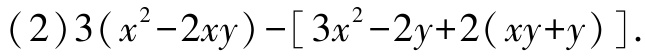
(2)\(3(x^{2}-2xy)-[3x^{2}-2y + 2(xy + y)]\)